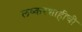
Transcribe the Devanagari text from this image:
लष्करशाहीची